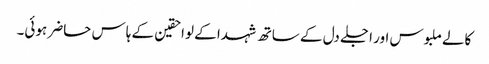
کالے ملبوس اور اجلے دل کے ساتھ شہدا کے لواحقین کے ہاس حاضر ہوئی۔